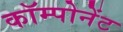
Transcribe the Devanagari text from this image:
कॉम्पोनेंट